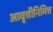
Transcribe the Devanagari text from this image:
आवृत्तीनिमित्त